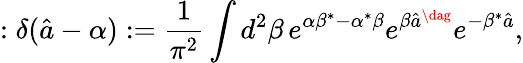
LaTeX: :\delta(\hat{a}-\alpha):=\frac{1}{\pi^{2}}\int d^{2}\beta\, e^{\alpha\beta^{*}-\alpha^{*}\beta}e^{\beta\hat{a}^{\dag}}e^{-\beta^{*}\hat{a}},